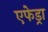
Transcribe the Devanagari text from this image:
एफेड्रा